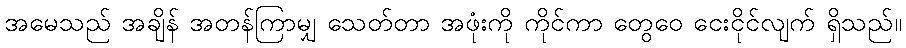
အမေသည် အချိန် အတန်ကြာမျှ သေတ်တာ အဖုံးကို ကိုင်ကာ တွေဝေ ငေးငိုင်လျက် ရှိသည်။